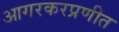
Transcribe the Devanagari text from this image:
आगरकरप्रणीत